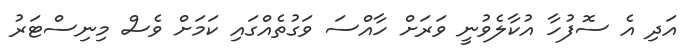
އަދި އެ ސޮފުހާ އުކާލެވުނީ ވަރަށް ހާއްސަ ވަގުތެއްގައި ކަމަށް ވެސް މިނިސްޓަރު